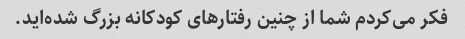
فکر می‌کردم شما از چنین رفتارهای کودکانه بزرگ شده‌اید.